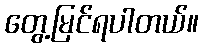
တွေ့မြင်ရပါတယ်။